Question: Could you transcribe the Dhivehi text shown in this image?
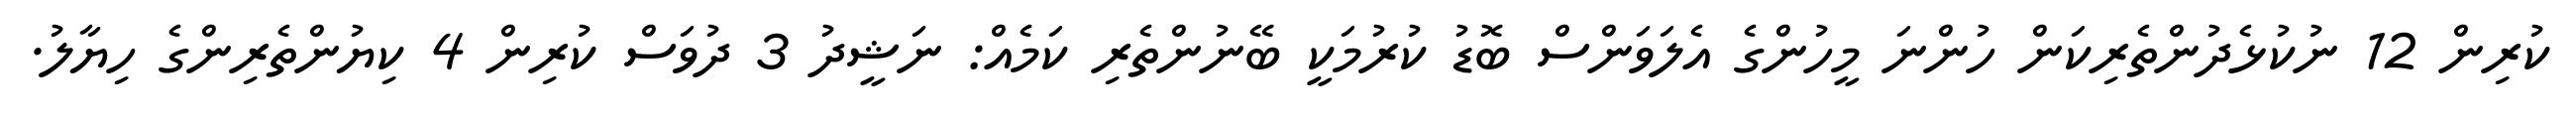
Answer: ކުރިން 12 ނުކުޅެދުންތެރިކަން ހުންނަ މީހުންގެ އެލަވަންސް ބޮޑު ކުރުމަކީ ބޭނުންތެރި ކަމެއް: ނަޝީދު 3 ދުވަސް ކުރިން 4 ކިޔުންތެރިންގެ ހިޔާލު.